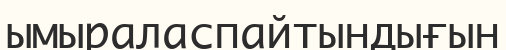
ымыраласпайтындығын